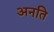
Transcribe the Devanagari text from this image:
अनति